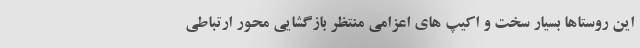
این روستاها بسیار سخت و اکیپ های اعزامی منتظر بازگشایی محور ارتباطی